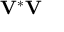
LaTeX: \mathbf { V } ^ { * } \mathbf { V }